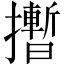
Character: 𪮻